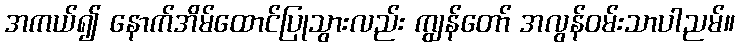
အကယ်၍ နောက်အိမ်ထောင်ပြုသွားလည်း ကျွန်တော် အလွန်ဝမ်းသာပါညမ်။